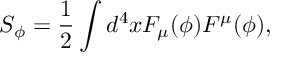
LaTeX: S _ { \phi } = \frac { 1 } { 2 } \int d ^ { 4 } x F _ { \mu } ( \phi ) F ^ { \mu } ( \phi ) ,